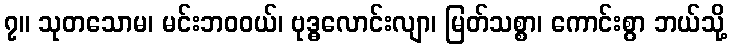
၇။ သုတသောမ၊ မင်းဘဝဝယ်၊ ဗုဒ္ဓလောင်းလျာ၊ မြတ်သစ္စာ၊ ကောင်းစွာ ဘယ်သို့